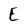
Character: E